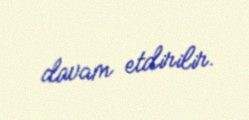
davam etdirilir.